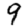
Digit: 9